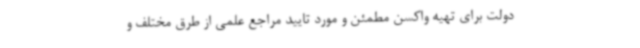
دولت برای تهیه واکسن مطمئن و مورد تایید مراجع علمی از طرق مختلف و